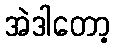
အဲဒါတော့